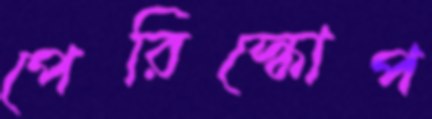
পেরিস্কোপ